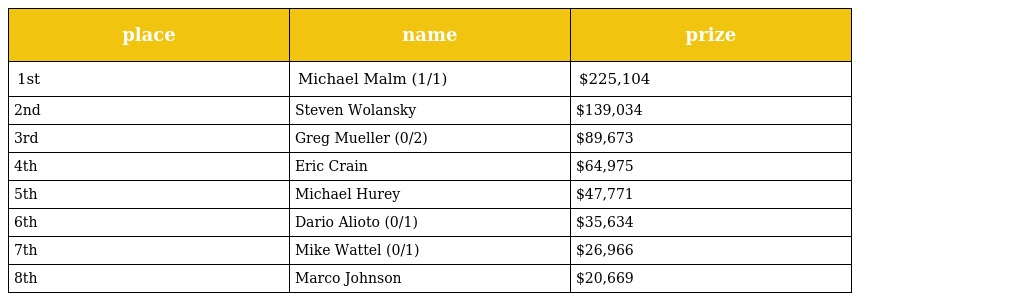
| place | name | prize |
 | --- | --- | --- |
 | 1st | Michael Malm (1/1) | $225,104 |
 | 2nd | Steven Wolansky | $139,034 |
 | 3rd | Greg Mueller (0/2) | $89,673 |
 | 4th | Eric Crain | $64,975 |
 | 5th | Michael Hurey | $47,771 |
 | 6th | Dario Alioto (0/1) | $35,634 |
 | 7th | Mike Wattel (0/1) | $26,966 |
 | 8th | Marco Johnson | $20,669 |